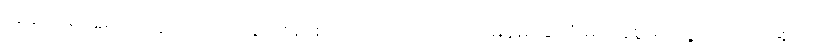
အဆင်ပြေရေးအတွက် ထည့်သွင်းစဉ်းစားပေးဖို့ လိုကြောင်း မြန်မာနိုင်ငံ မသန်စွမ်းရှေ့ဆောင်အဖွဲ့က